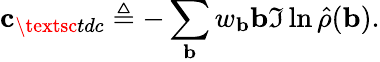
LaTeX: \mathbf{c}_{\textsc{tdc}}\triangleq-\sum_{\mathbf{b}}w_{\mathbf{b}}\mathbf{b}\Im\ln\hat{\rho}(\mathbf{b}).